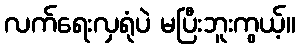
လက်ရေးလှရုံပဲ မပြီးဘူးကွယ့်။